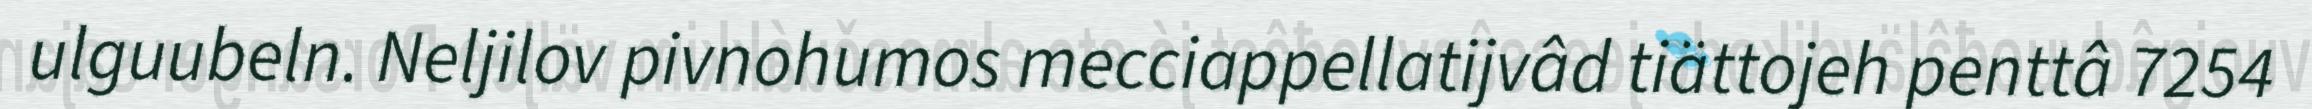
ulguubeln. Neljilov pivnohumos mecciappellatijvâd tiättojeh penttâ 7254